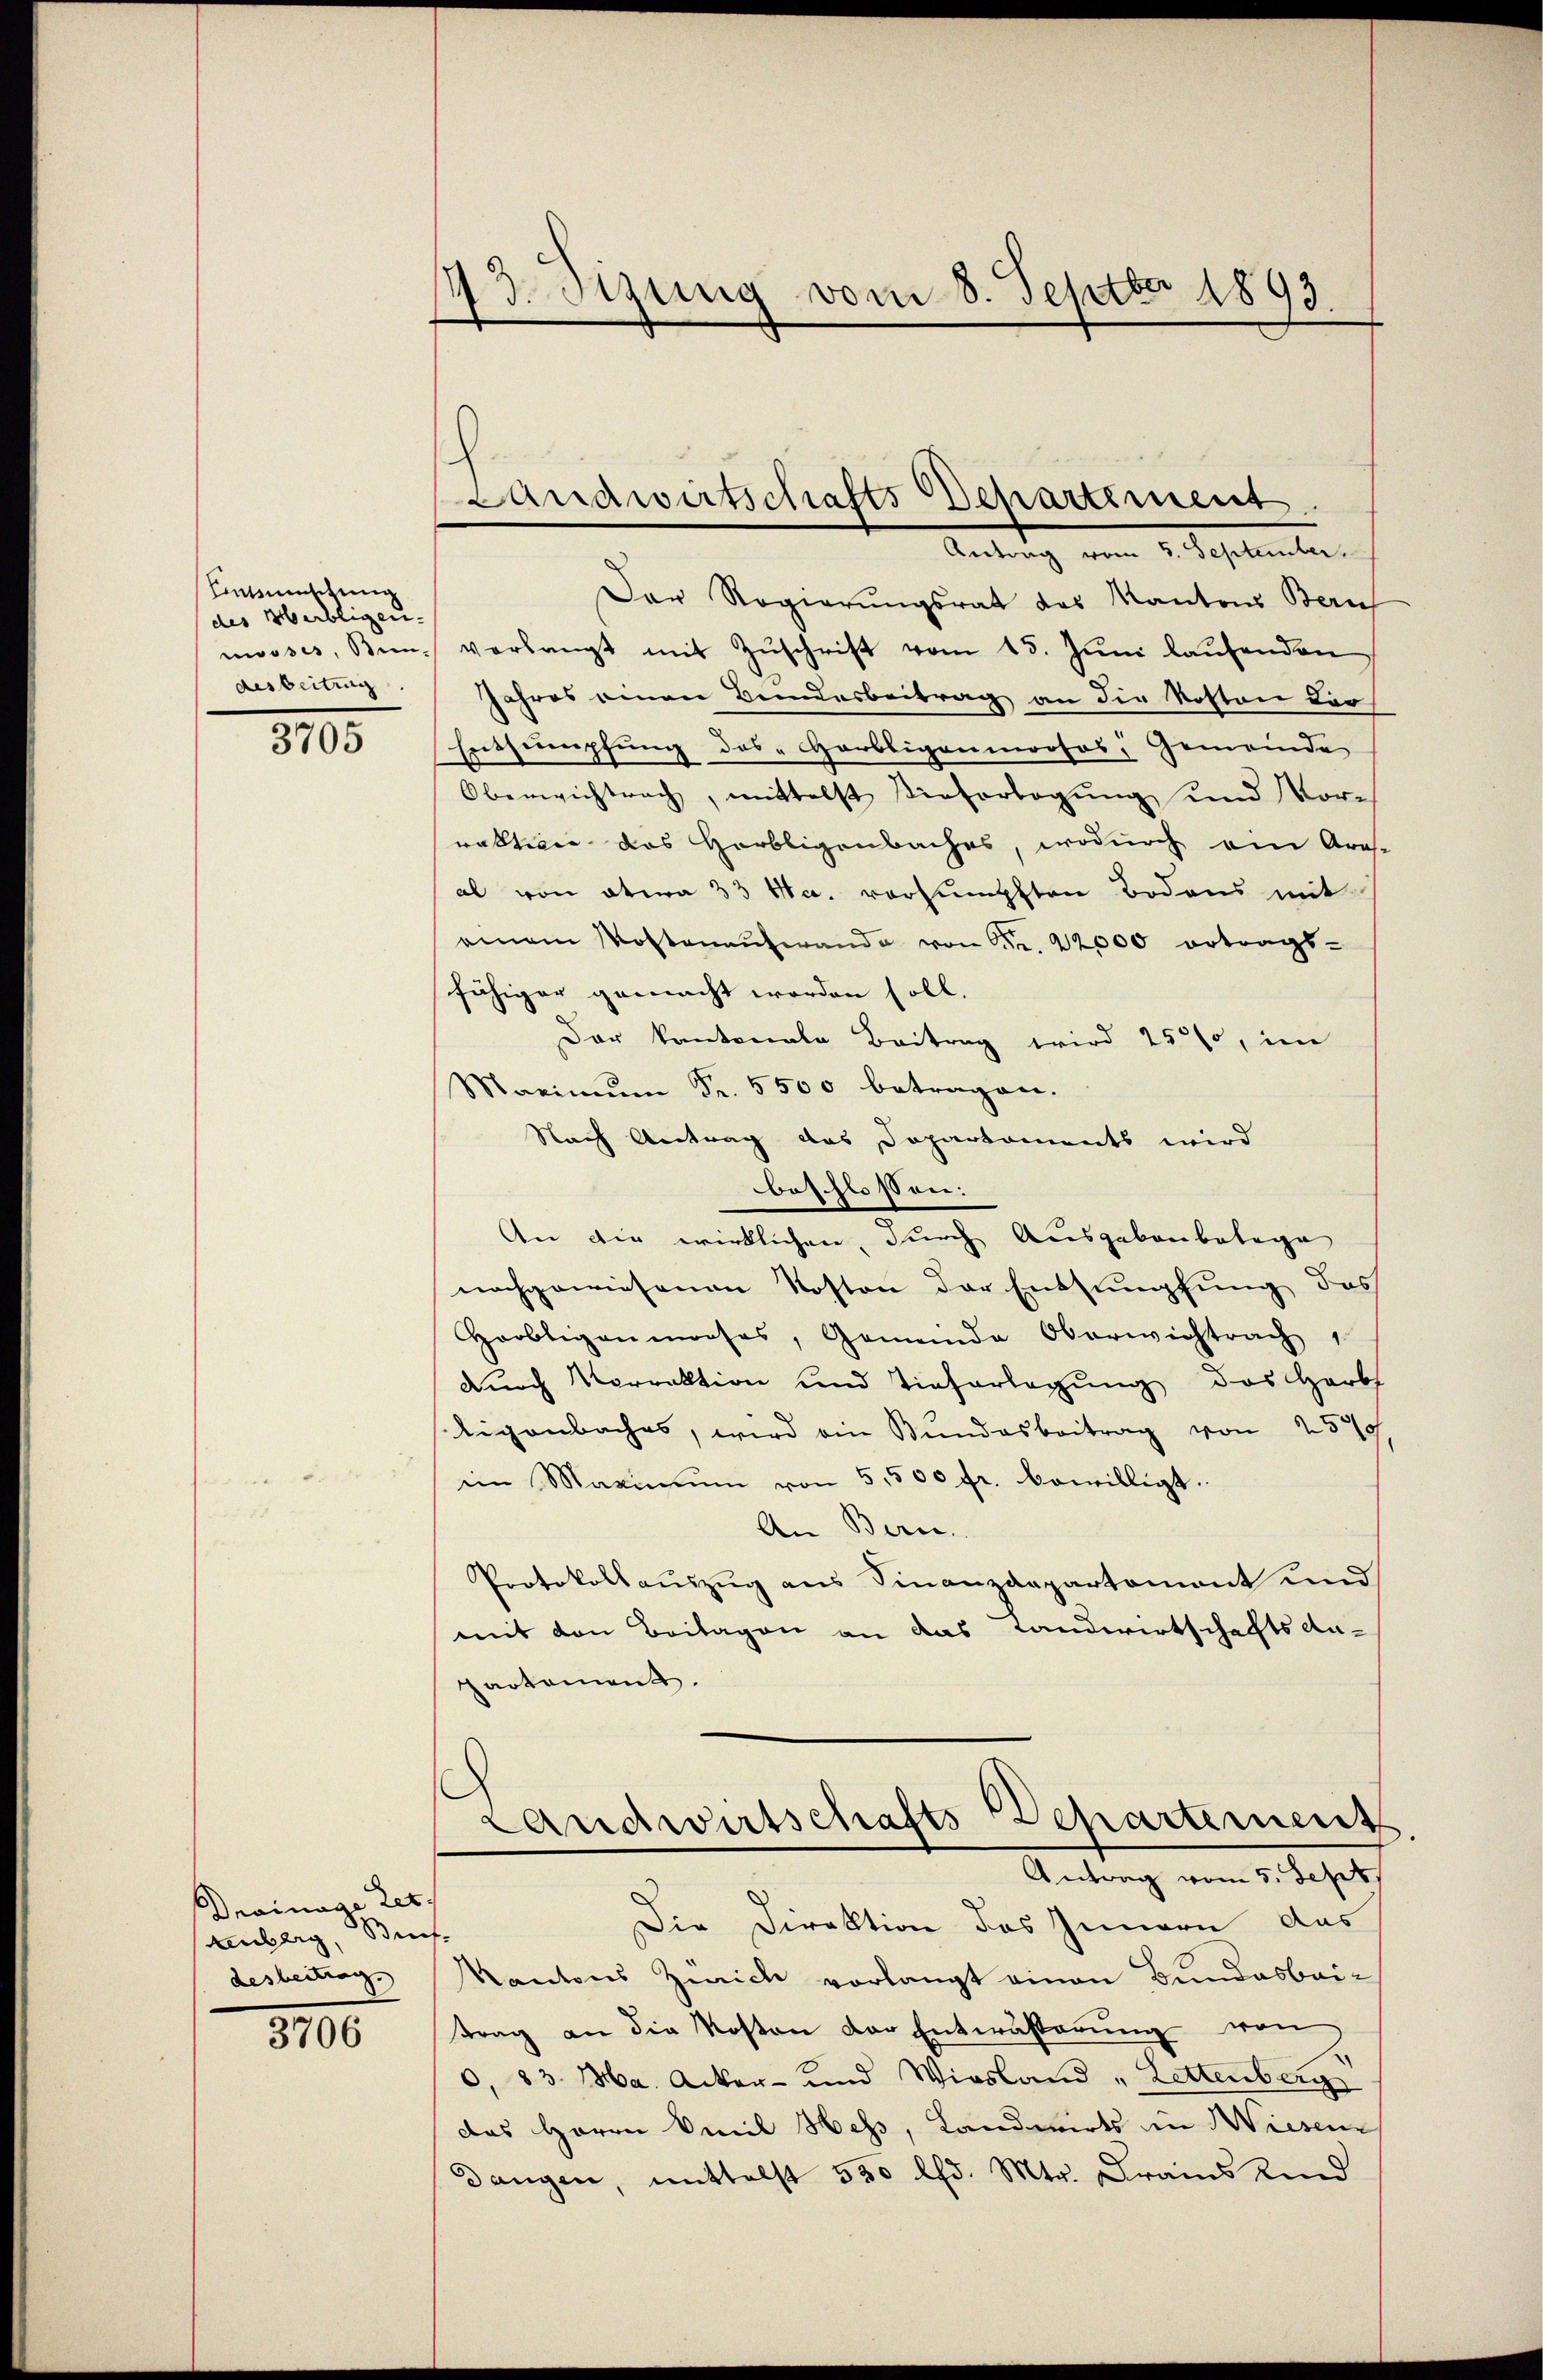
Einzuschung
des Herbligen.
nosses, Sindesbeitung

3705

Drainage Let
Wei
nberg,
desbeitrag.

3706

43. Sizung vom 8. Septbr 1893.

.
Landwirtschafts Departement
Antrag vom 1. September

Der Regierungsrat des Kantons Bern
verlangt mit Zŭschrift vom 15. Jŭni laŭfenden
Jahres einen Bundesbeitrag an die Roston Leo
Entsumpfung des Garbigenmooses, Gemeinde
Oberwichtrach, mittelst Tieferlegŭng und Vor-
raktione des Herbligenbaches, wodurch ein Ares-
al von etwa 33 Ha. vorsumpften Bodens mit
amem Kostenaufwande von 6 Fr. 22000 ertrags-
fähiger gemacht worden soll.
Der Kantonale Beitrag wird 25%, im
Maximŭm Fr. 5500 betragen.
Nach Antrag das Departements wird
beschloßen:
An die wirklichen, durch Ausgebaubetage
nachgewiesenen Kosten der Entsumpfung des
Hoobligenmooses, Gemeinde Oberwichtrach
durch Vorrektion und Tieferlegung des Herbs
Eigenbaches, wird ein Bundesbeitrag von 25
ii Maximŭm von 5,500 fr. bewilligt.
An Bern.
Protokollaŭszŭg ans Finanzdepartement und
mit den Beilagen an das Landwirtschaftsan-
partement.
Landwirtschafts-Departement
Antrag vom 5. Sept.
Die Direktion des Innern das
¬
Kantons Zürich vorlangt einen Bundesbeittrag an die Kosten der Entwässerung von
0. 83. Ma. Acker- und Wiesland „Lettenberg
das Herrn Emil Hess, Landwirts in Wiesen
dangen, mittelst 530 lfd. Mtr. Drains Kind